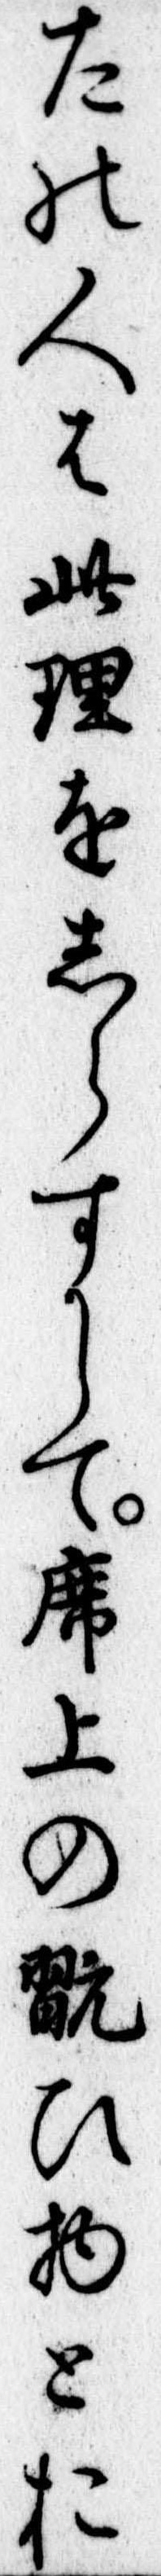
たの人は此理をらすして席上の翫ひ物とお